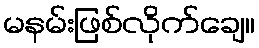
မနမ်းဖြစ်လိုက်ချေ။